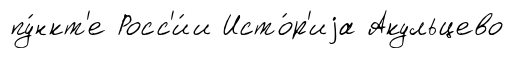
пу́нкт'е Росс'и́и Исто́р'иjа Акульцево